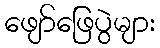
ဖျော်ဖြေပွဲများ